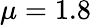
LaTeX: \mu=1.8